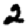
Digit: 2